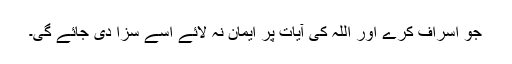
جو اسراف کرے اور اللہ کی آیات پر ایمان نہ لائے اسے سزا دی جائے گی۔